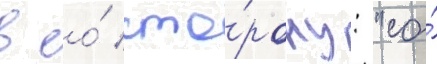
в ео́ сто́рону: "со́